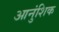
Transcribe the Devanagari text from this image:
आनुंशिक